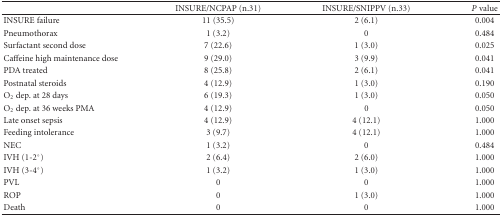
|  | INSURE/NCPAP (n.31) | INSURE/SNIPPV (n.33) | P value |
 | --- | --- | --- | --- |
 | INSURE failure | 11 (35.5) | 2 (6.1) | 0.004 |
 | Pneumothorax | 1 (3.2) | 0 | 0.484 |
 | Surfactant second dose | 7 (22.6) | 1 (3.0) | 0.025 |
 | Caffeine high maintenance dose | 9 (29.0) | 3 (9.9) | 0.041 |
 | PDA treated | 8 (25.8) | 2 (6.1) | 0.041 |
 | Postnatal steroids | 4 (12.9) | 1 (3.0) | 0.190 |
 | O2 dep. at 28 days | 6 (19.3) | 1 (3.0) | 0.050 |
 | O2 dep. at 36 weeks PMA | 4 (12.9) | 0 | 0.050 |
 | Late onset sepsis | 4 (12.9) | 4 (12.1) | 1.000 |
 | Feeding intolerance | 3 (9.7) | 4 (12.1) | 1.000 |
 | NEC | 1 (3.2) | 0 | 0.484 |
 | IVH (1-2°) | 2 (6.4) | 2 (6.0) | 1.000 |
 | IVH (3-4°) | 1 (3.2) | 1 (3.0) | 1.000 |
 | PVL | 0 | 0 | 1.000 |
 | ROP | 0 | 1 (3.0) | 1.000 |
 | Death | 0 | 0 | 1.000 |